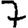
Digit: 7